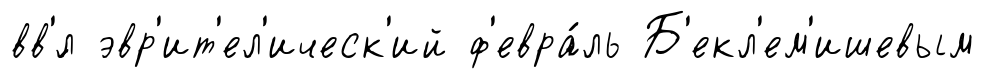
вв'́л эвр'ит'ел'ическ'ий ф'евра́ль Б'екл'ем'ишевым